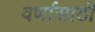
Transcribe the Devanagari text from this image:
वर्णासाठी